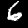
Label: 6